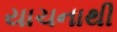
યાચનાથી